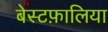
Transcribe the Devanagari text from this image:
बेस्टफ़ालिया